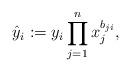
LaTeX: \begin{align*}\hat{y}_i := y_i \prod_{j=1}^n x_j^{b_{ji}},\end{align*}